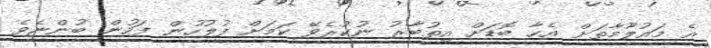
އެ މައުލޫމާތަށް އެހާ ބޮޑަށް އިތުބާރު ނުކުރެވޭ ކަމަށް ފުލުހުން ފަހުން ބުންޏެވެ.